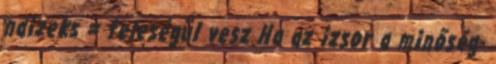
naizeks = feleségül vesz Ha az izsor a minőség-